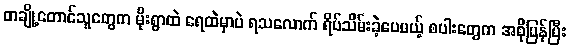
တချို့တောင်သူတွေက မိုးရွာထဲ ရေထဲမှာပဲ ရသလောက် ရိပ်သိမ်းခဲ့ပေမယ့် စပါးတွေက အစိုပြန်ပြီး